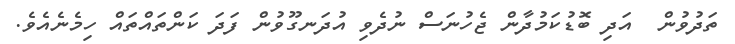
ތަދުވުން  އަދި ބޮޑުކަމުދާން ޖެހުނަސް ނުދެވި އުދަނގޫވުން ފަދަ ކަންތައްތައް ހިމެނެއެވެ.